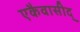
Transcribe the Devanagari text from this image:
एकैवासीद्